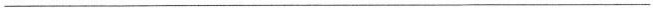
___